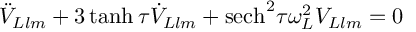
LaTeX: \ddot { V } _ { L l m } + 3 \operatorname { t a n h } \tau \dot { V } _ { L l m } + \mathrm { s e c h } ^ { 2 } \tau \omega _ { L } ^ { 2 } V _ { L l m } = 0